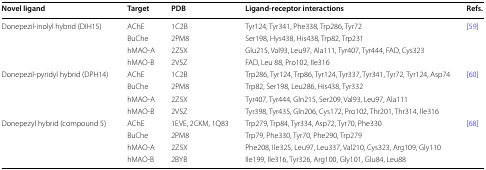
<table><thead><tr><td><b>Novel ligand</b></td><td><b>Target</b></td><td><b>PDB</b></td><td><b>Ligand-receptor interactions</b></td><td><b>Refs.</b></td></tr></thead><tbody><tr><td rowspan="4">Donepezil-inolyl hybrid (DIH15)</td><td>AChE</td><td>1C2B</td><td>Tyr124, Tyr341, Phe338, Trp286, Tyr72</td><td rowspan="4">[59]</td></tr><tr><td>BuChe</td><td>2PM8</td><td>Ser198, Hys438, His438, Trp82, Trp231</td></tr><tr><td>hMAO-A</td><td>2Z5X</td><td>Glu215, Val93, Leu97, Ala111, Tyr407, Tyr444, FAD, Cys323</td></tr><tr><td>hMAO-B</td><td>2V5Z</td><td>FAD, Leu 88, Pro102, Ile316</td></tr><tr><td rowspan="4">Donepezil-pyridyl hybrid (DPH14)</td><td>AChE</td><td>1C2B</td><td>Trp286, Tyr124, Trp86, Tyr124, Tyr337, Tyr341, Tyr72, Tyr124, Asp74</td><td rowspan="4">[60]</td></tr><tr><td>BuChe</td><td>2PM8</td><td>Trp82, Ser198, Leu286, His438, Tyr332</td></tr><tr><td>hMAO-A</td><td>2Z5X</td><td>Tyr407, Tyr444, Gln215, Ser209, Val93, Leu97, Ala111</td></tr><tr><td>hMAO-B</td><td>2V5Z</td><td>Tyr398, Tyr435, Gln206, Cys172, Pro102, Thr201, Thr314, Ile316</td></tr><tr><td rowspan="4">Donepezyl hybrid (compound 5)</td><td>AChE</td><td>1EVE, 2CKM, 1Q83</td><td>Trp279, Trp84, Tyr334, Asp72, Tyr70, Phe330</td><td rowspan="4">[68]</td></tr><tr><td>BuChe</td><td>2PM8</td><td>Trp79, Phe330, Tyr70, Phe290, Trp279</td></tr><tr><td>hMAO-A</td><td>2Z5X</td><td>Phe208, Ile325, Leu97, Leu337, Val210, Cys323, Arg109, Gly110</td></tr><tr><td>hMAO-B</td><td>2BYB</td><td>Ile199, Ile316, Tyr326, Arg100, Gly101, Glu84, Leu88</td></tr></tbody></table>